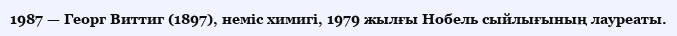
1987 — Георг Виттиг (1897), неміс химигі, 1979 жылғы Нобель сыйлығының лауреаты.